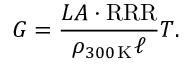
G = \frac { L A \cdot \mathrm { R R R } } { \rho _ { 3 0 0 \, \mathrm { K } } \ell } T .